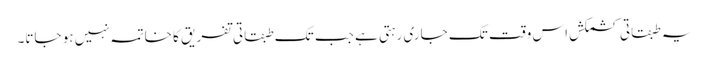
یہ طبقاتی کشمکش اس وقت تک جاری رہتی ہے جب تک طبقاتی تفریق کا خاتمہ نہیں ہو جاتا۔